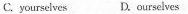
C. yourselves D.Ourselves